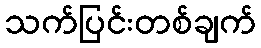
သက်ပြင်းတစ်ချက်